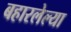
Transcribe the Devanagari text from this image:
बहारलेल्या